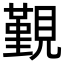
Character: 覲